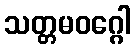
သတ္တမဝဂ္ဂေါ